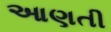
આણતી